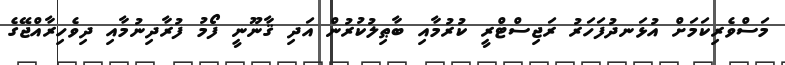
މަސްވެރިކަމަށް އުޅަނދުފަހަރު ރަޖިސްޓްރީ ކުރުމާއި ބާޠިލުކުރުން އަދި ޤާނޫނީ ފޯމު ފުރާދިނުމާއި ދިވެހިރާއްޖޭގެ